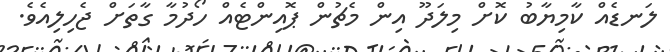
ލަނޑެއް ކާމިޔާބު ކޮށް މިލަދޫ އިން މެޗުން ޕޮއިންޓެއް ހޯދުމާ ގާތަށް ޖެހިލިއެވެ.